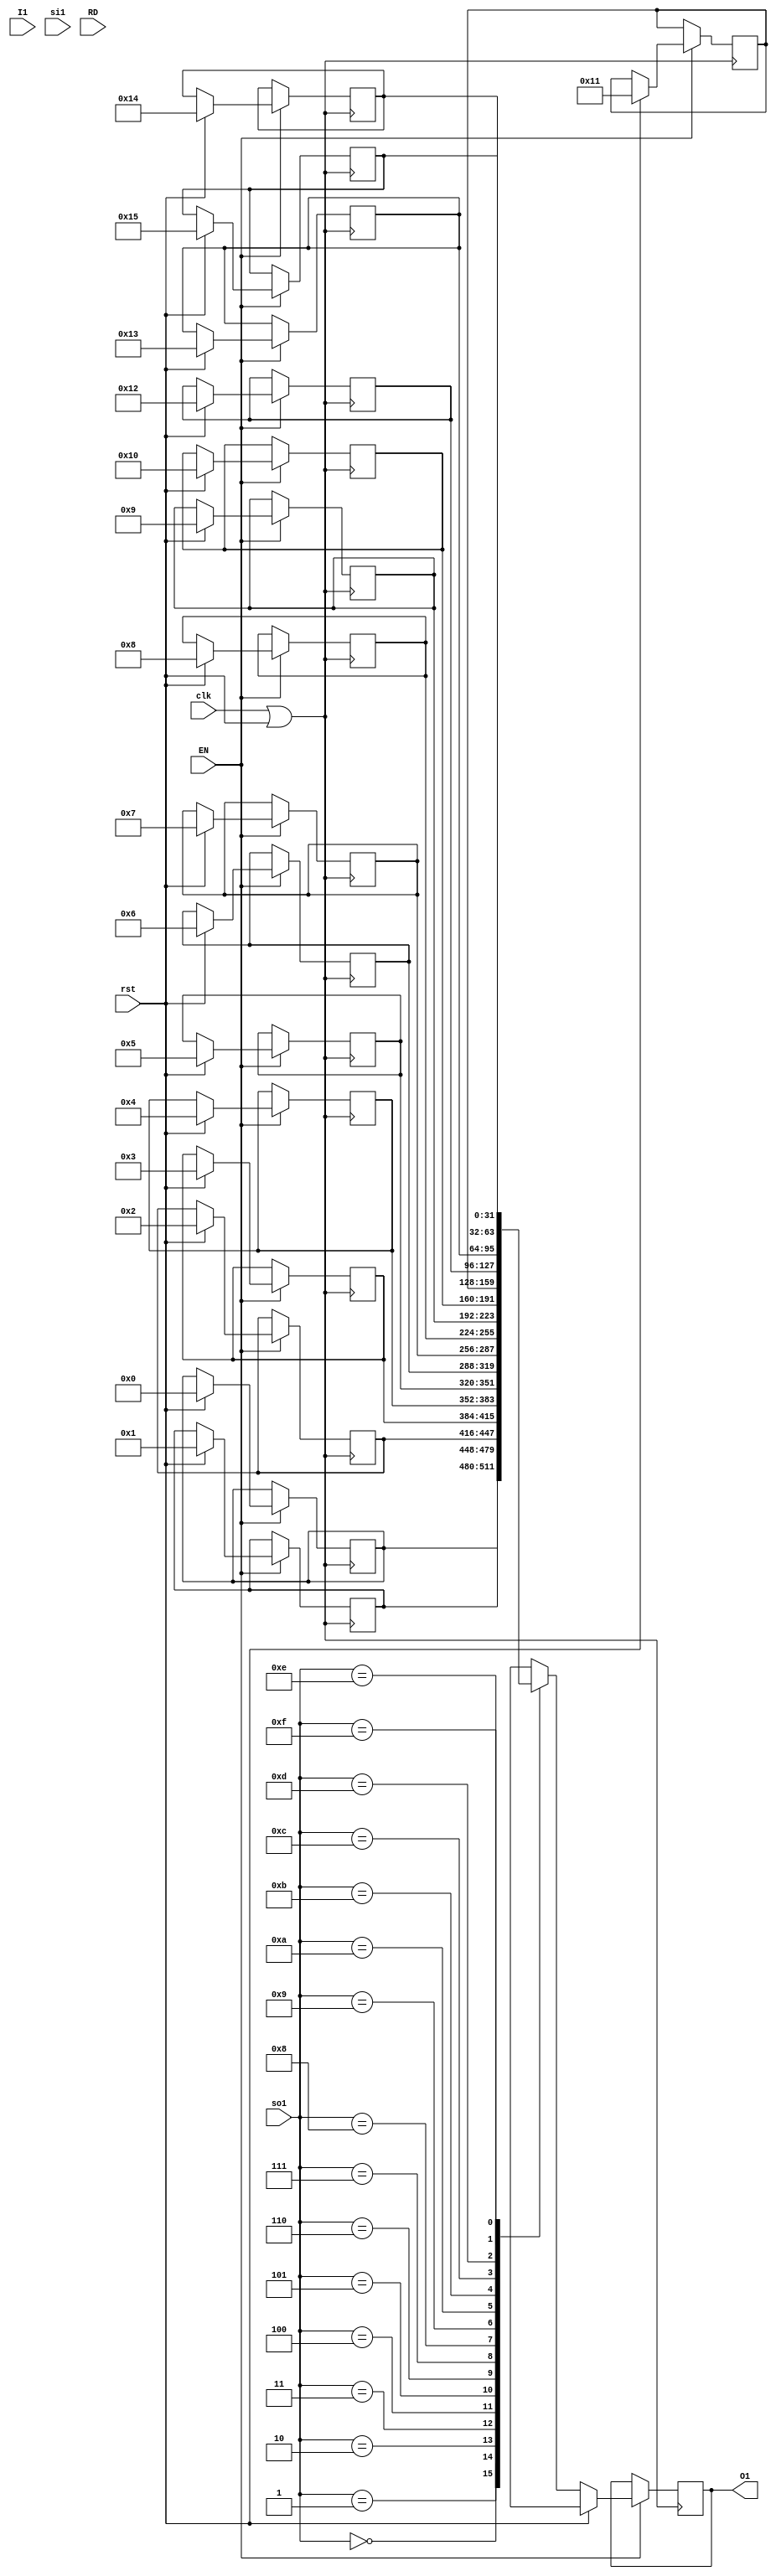
module regfile( I1,si1,O1,so1,RD,rst,EN,clk);
input  [31:0]  I1;
input  [3:0]  si1,so1; 
input  RD; 
input  EN,clk,rst; 
output [31:0]  O1; 
reg  [31:0]  O1; 
reg [31:0]  regfile [0:15]; 
integer i; 
wire  sen; 
assign sen = clk || rst;
always @ (posedge sen) 
begin 
if (EN == 1) 
begin 
      if (rst == 1) //If at reset 
       begin 
        regfile [0] = 32'h0;
        regfile [1] = 32'h1;
        regfile [2] = 32'h2;
        regfile [3] = 32'h3;
        regfile [4] = 32'h4;
        regfile [5] = 32'h5;
        regfile [6] = 32'h6;
        regfile [7] = 32'h7;
        regfile [8] = 32'h8;
        regfile [9] = 32'h9;
        regfile [10] = 32'h10;
        regfile [11] = 32'h11;
        regfile [12] = 32'h12;
        regfile [13] = 32'h13;
        regfile [14] = 32'h14;
        regfile [15] = 32'h15; 
       O1 = 32'hx; 
       end 
      else if (rst == 0) //If not at reset
       begin 
         O1 = regfile [so1];  
         end 
      else; 
     end 
     else;
    end 
    endmodule